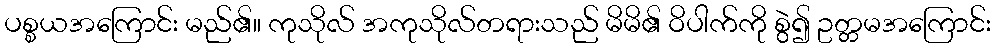
ပစ္စယအကြောင်း မည်၏။ ကုသိုလ် အကုသိုလ်တရားသည် မိမိ၏ ဝိပါက်ကို စွဲ၍ ဥတ္တမအကြောင်း